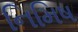
નિમિષ